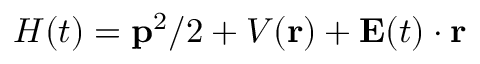
{ H } ( t ) = { \mathbf { { p } } ^ { 2 } } / { 2 } + V ( \mathbf { r } ) + \mathbf { E } ( t ) \cdot \mathbf { r }